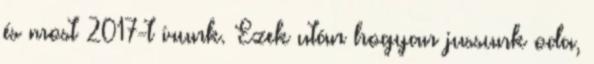
és most 2017-t írunk. Ezek után hogyan jussunk oda,